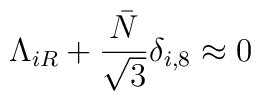
\Lambda_{iR}+\frac{\bar N}{\sqrt 3}\delta_{i,8}\approx 0